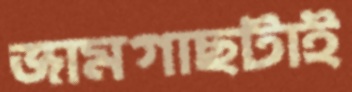
জামগাছটাই